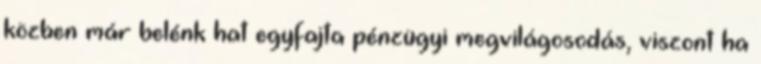
közben már belénk hat egyfajta pénzügyi megvilágosodás, viszont ha